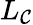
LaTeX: L_{\mathcal{C}}